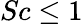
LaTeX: Sc\leq 1